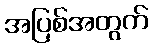
အပြစ်အတွက်